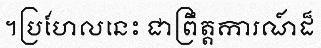
។ប្រហែលនេះ ជាព្រឹត្តការណ៍ដ៏